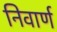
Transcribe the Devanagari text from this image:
निवार्ण